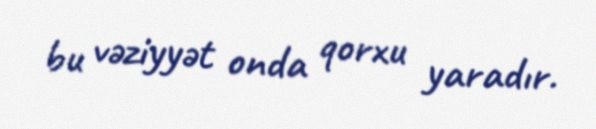
bu vəziyyət onda qorxu yaradır.